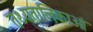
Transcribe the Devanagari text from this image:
तथ्यतालिकाओं